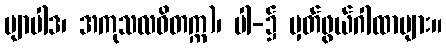
ဗျာပါဒ၊ အကုသလဝိတက္က)၊ ပါ-၌ မှတ်ဖွယ်ဂါထာများ။